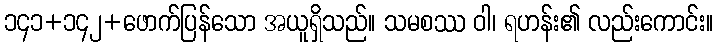
၁၄၁+၁၄၂+ဖောက်ပြန်သော အယူရှိသည်။ သမစဿ ဝါ၊ ရဟန်း၏ လည်းကောင်း။